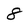
Character: 8